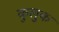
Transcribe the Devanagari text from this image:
कुलुक